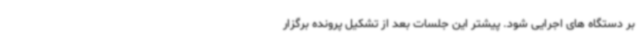
بر دستگاه های اجرایی شود. پیشتر این جلسات بعد از تشکیل پرونده برگزار